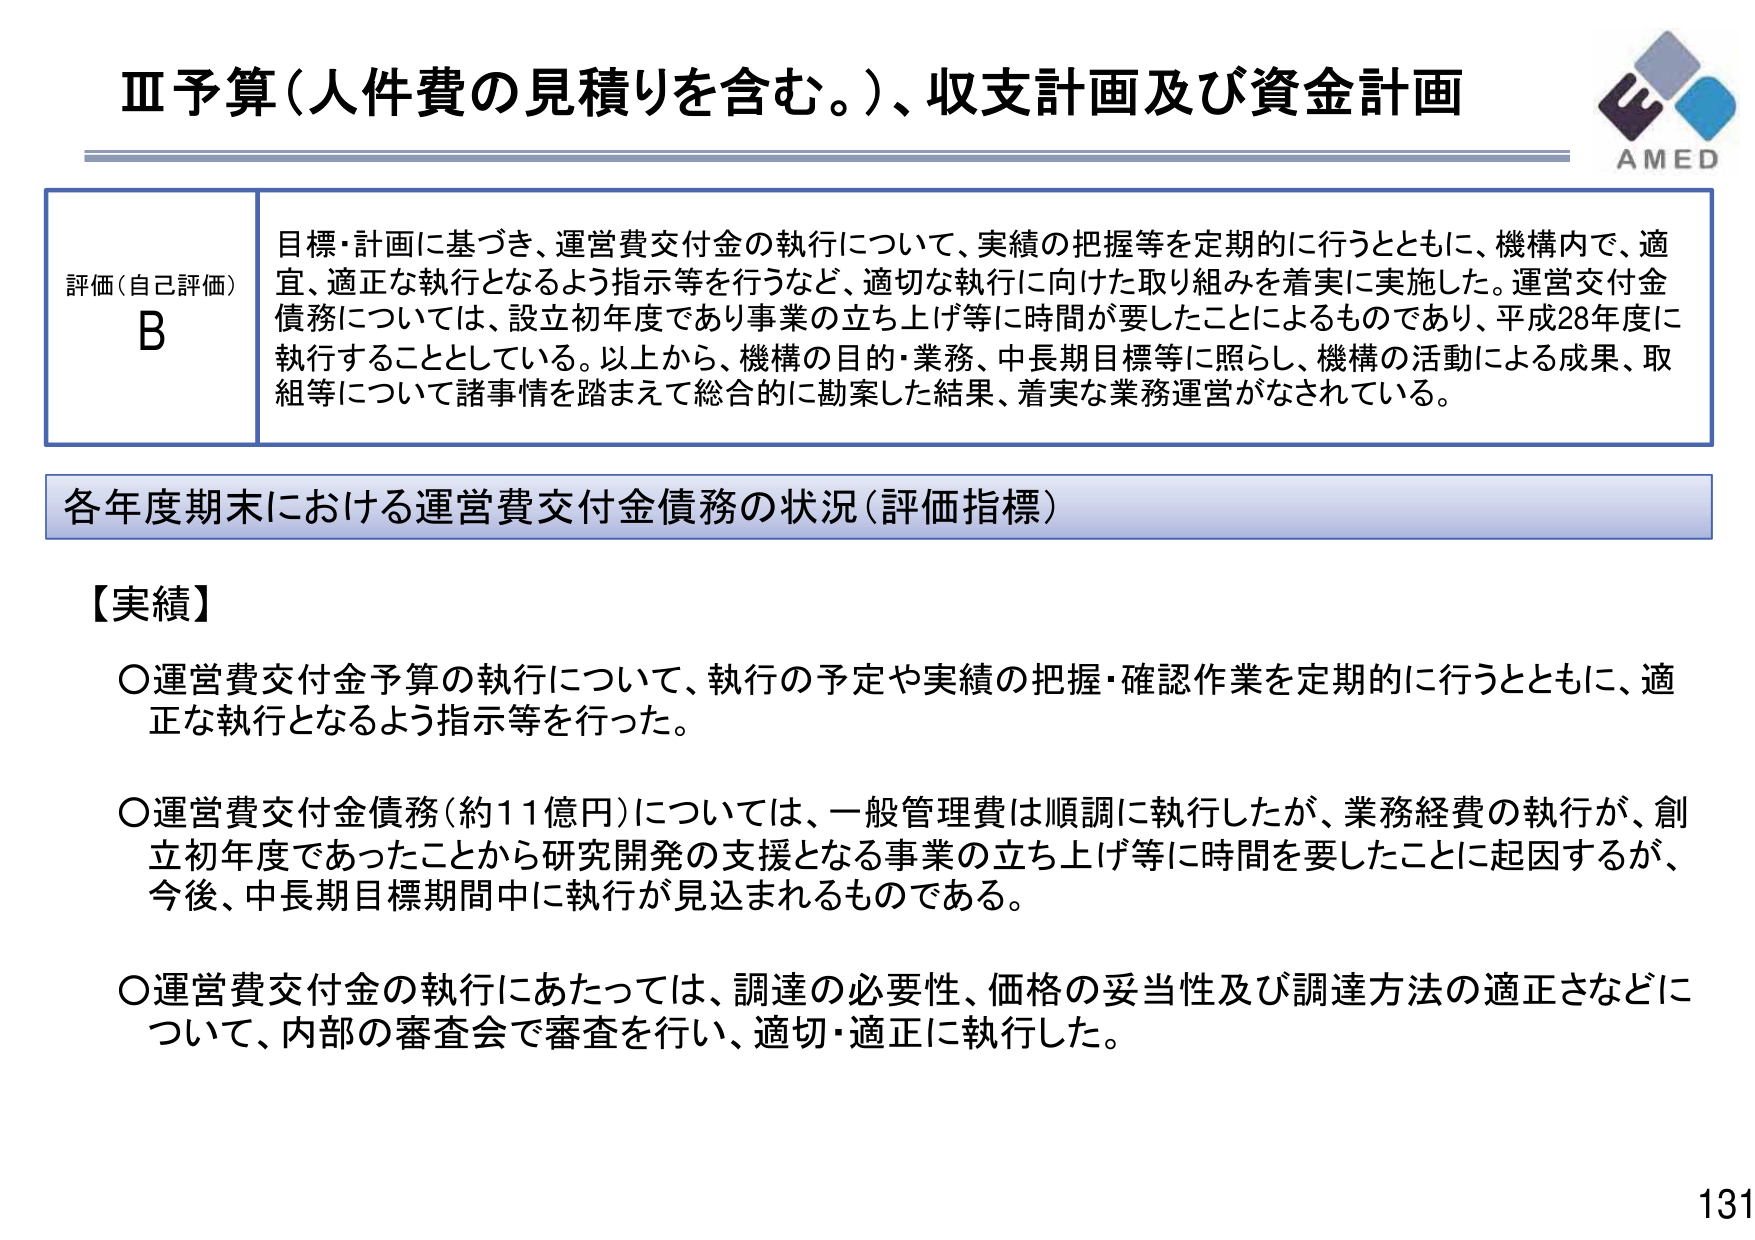
Ⅲ予算（人件費の見積りを含む。）、収支計画及び資金計画

評価（自己評価）
B
目標・計画に基づき、運営費交付金の執行について、実績の把握等を定期的に行うとともに、機構内で、適宜、適正な執行となるよう指示等を行うなど、適切な執行に向けた取り組みを着実に実施した。運営交付金債務については、設立初年度であり事業の立ち上げ等に時間が要したことによるものであり、平成28年度に執行することとしている。以上から、機構の目的・業務、中長期目標等に照らし、機構の活動による成果、取組等について諸事情を踏まえて総合的に勘案した結果、着実な業務運営がなされている。

各年度期末における運営費交付金債務の状況（評価指標）

【実績】
〇運営費交付金予算の執行について、執行の予定や実績の把握・確認作業を定期的に行うとともに、適正な執行となるよう指示等を行った。
〇運営費交付金債務（約11億円）については、一般管理費は順調に執行したが、業務経費の執行が、創立初年度であったことから研究開発の支援となる事業の立ち上げ等に時間を要したことに関因するが、今後、中長期目標期間中に執行が見込まれるものである。
〇運営費交付金の執行にあたっては、調達の必要性、価格の妥当性及び調達方法の適正さなどについて、内部の審査会で審査を行い、適切・適正に執行した。

AMED
131